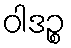
ဝါဒဉ္စ